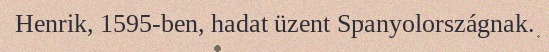
Henrik, 1595-ben, hadat üzent Spanyolországnak.